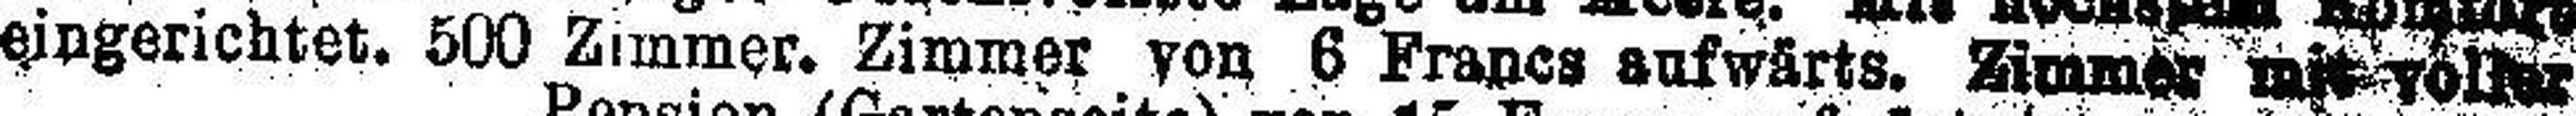
eingerichtet. 500 Zimmer. Zimmer von 6 Francs aufwärts. Zimmer mit voller